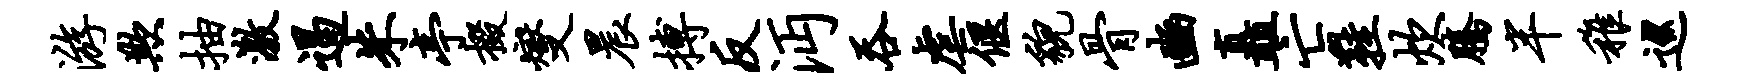
游欺抽激遏朱亭掇燮晨搏反沔吞虐偃貌骨豳矗亡鞋炊腾半稚巡